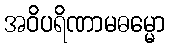
အဝိပရိဏာမဓမ္မော